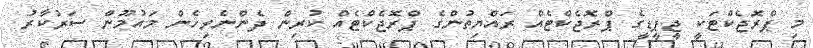
މި ޕްރޮޖެކްޓަކީ ޖީޕީޑީގެ ޕްރޮޖެކްޓެއް ރައްޔިތުންގެ ޕްރޮޖެކްޓެއް ކުރިން ދެންނެވިހެން މައުމޫން ސަރުކާރު